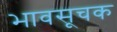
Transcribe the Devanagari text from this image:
भावसूचक